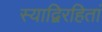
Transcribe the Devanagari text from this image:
स्याद्विरहितां